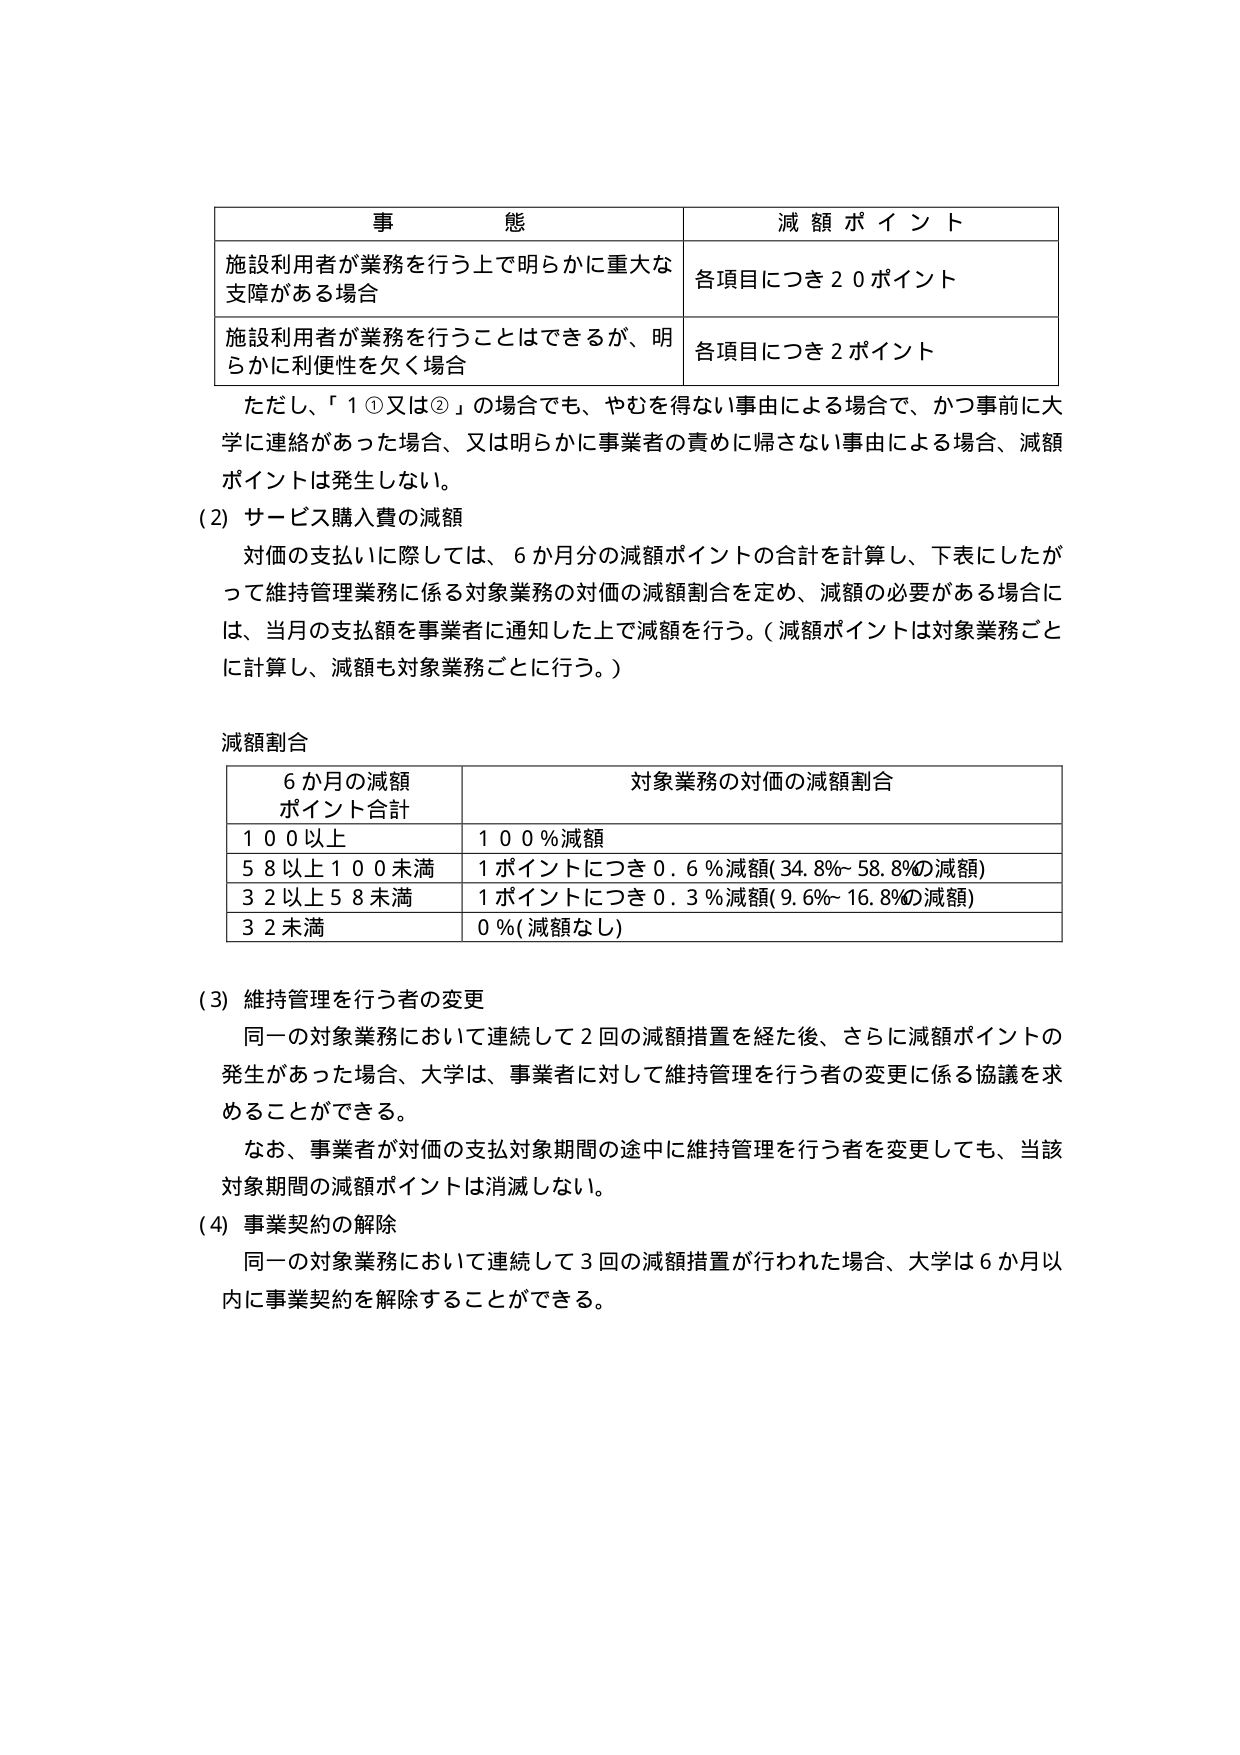
事 態 減 額 ポ イ ン ト
施設利用者が業務を行う上で明らかに重大な支障がある場合 各項目につき２０ポイント
施設利用者が業務を行うことはできるが、明らかに利便性を欠く場合 各項目につき２ポイント
ただし、「１①又は②」の場合でも、やむを得ない事由による場合で、かつ事前に大学に連絡があった場合、又は明らかに事業者の責めに帰さない事由による場合、減額ポイントは発生しない。
(2) サービス購入費の減額
対価の支払いに際しては、６か月分の減額ポイントの合計を計算し、下表にしたがって維持管理業務に係る対象業務の対価の減額割合を定め、減額の必要がある場合には、当月の支払額を事業者に通知した上で減額を行う。（減額ポイントは対象業務ごとに計算し、減額も対象業務ごとに行う。）
減額割合
６か月の減額ポイント合計 対象業務の対価の減額割合
１００以上 １００％減額
５８以上１００未満 １ポイントにつき０．６％減額（34.8％～58.8％の減額）
３２以上５８未満 １ポイントにつき０．３％減額（9.6％～16.8％の減額）
３２未満 ０％（減額なし）
(3) 維持管理を行う者の変更
同一の対象業務において連続して２回の減額措置を経た後、さらに減額ポイントの発生があった場合、大学は、事業者に対して維持管理を行う者の変更に係る協議を求めることができる。
なお、事業者が対価の支払対象期間の途中に維持管理を行う者を変更しても、当該対象期間の減額ポイントは消滅しない。
(4) 事業契約の解除
同一の対象業務において連続して３回の減額措置が行われた場合、大学は６か月以内に事業契約を解除することができる。